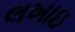
લખાઇ